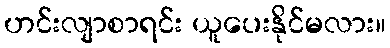
ဟင်းလျာစာရင်း ယူပေးနိုင်မလား။